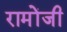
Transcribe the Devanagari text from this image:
रामोंजी